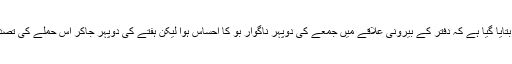
منگل کو بتایا گیا ہے کہ دفتر کے بیرونی علاقے میں جمعے کی دوپہر ناگوار بو کا احساس ہوا لیکن ہفتے کی دوپہر جاکر اس حملے کی تصدیق ہوئی۔